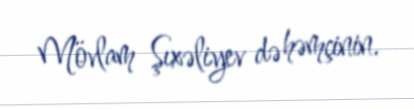
Mövlam Şıxəliyev də həmçinin.